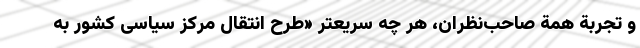
و تجربة همة صاحب‌نظران، هر چه سریعتر «طرح انتقال مرکز سیاسی کشور به